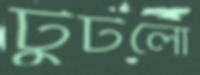
টুটলো